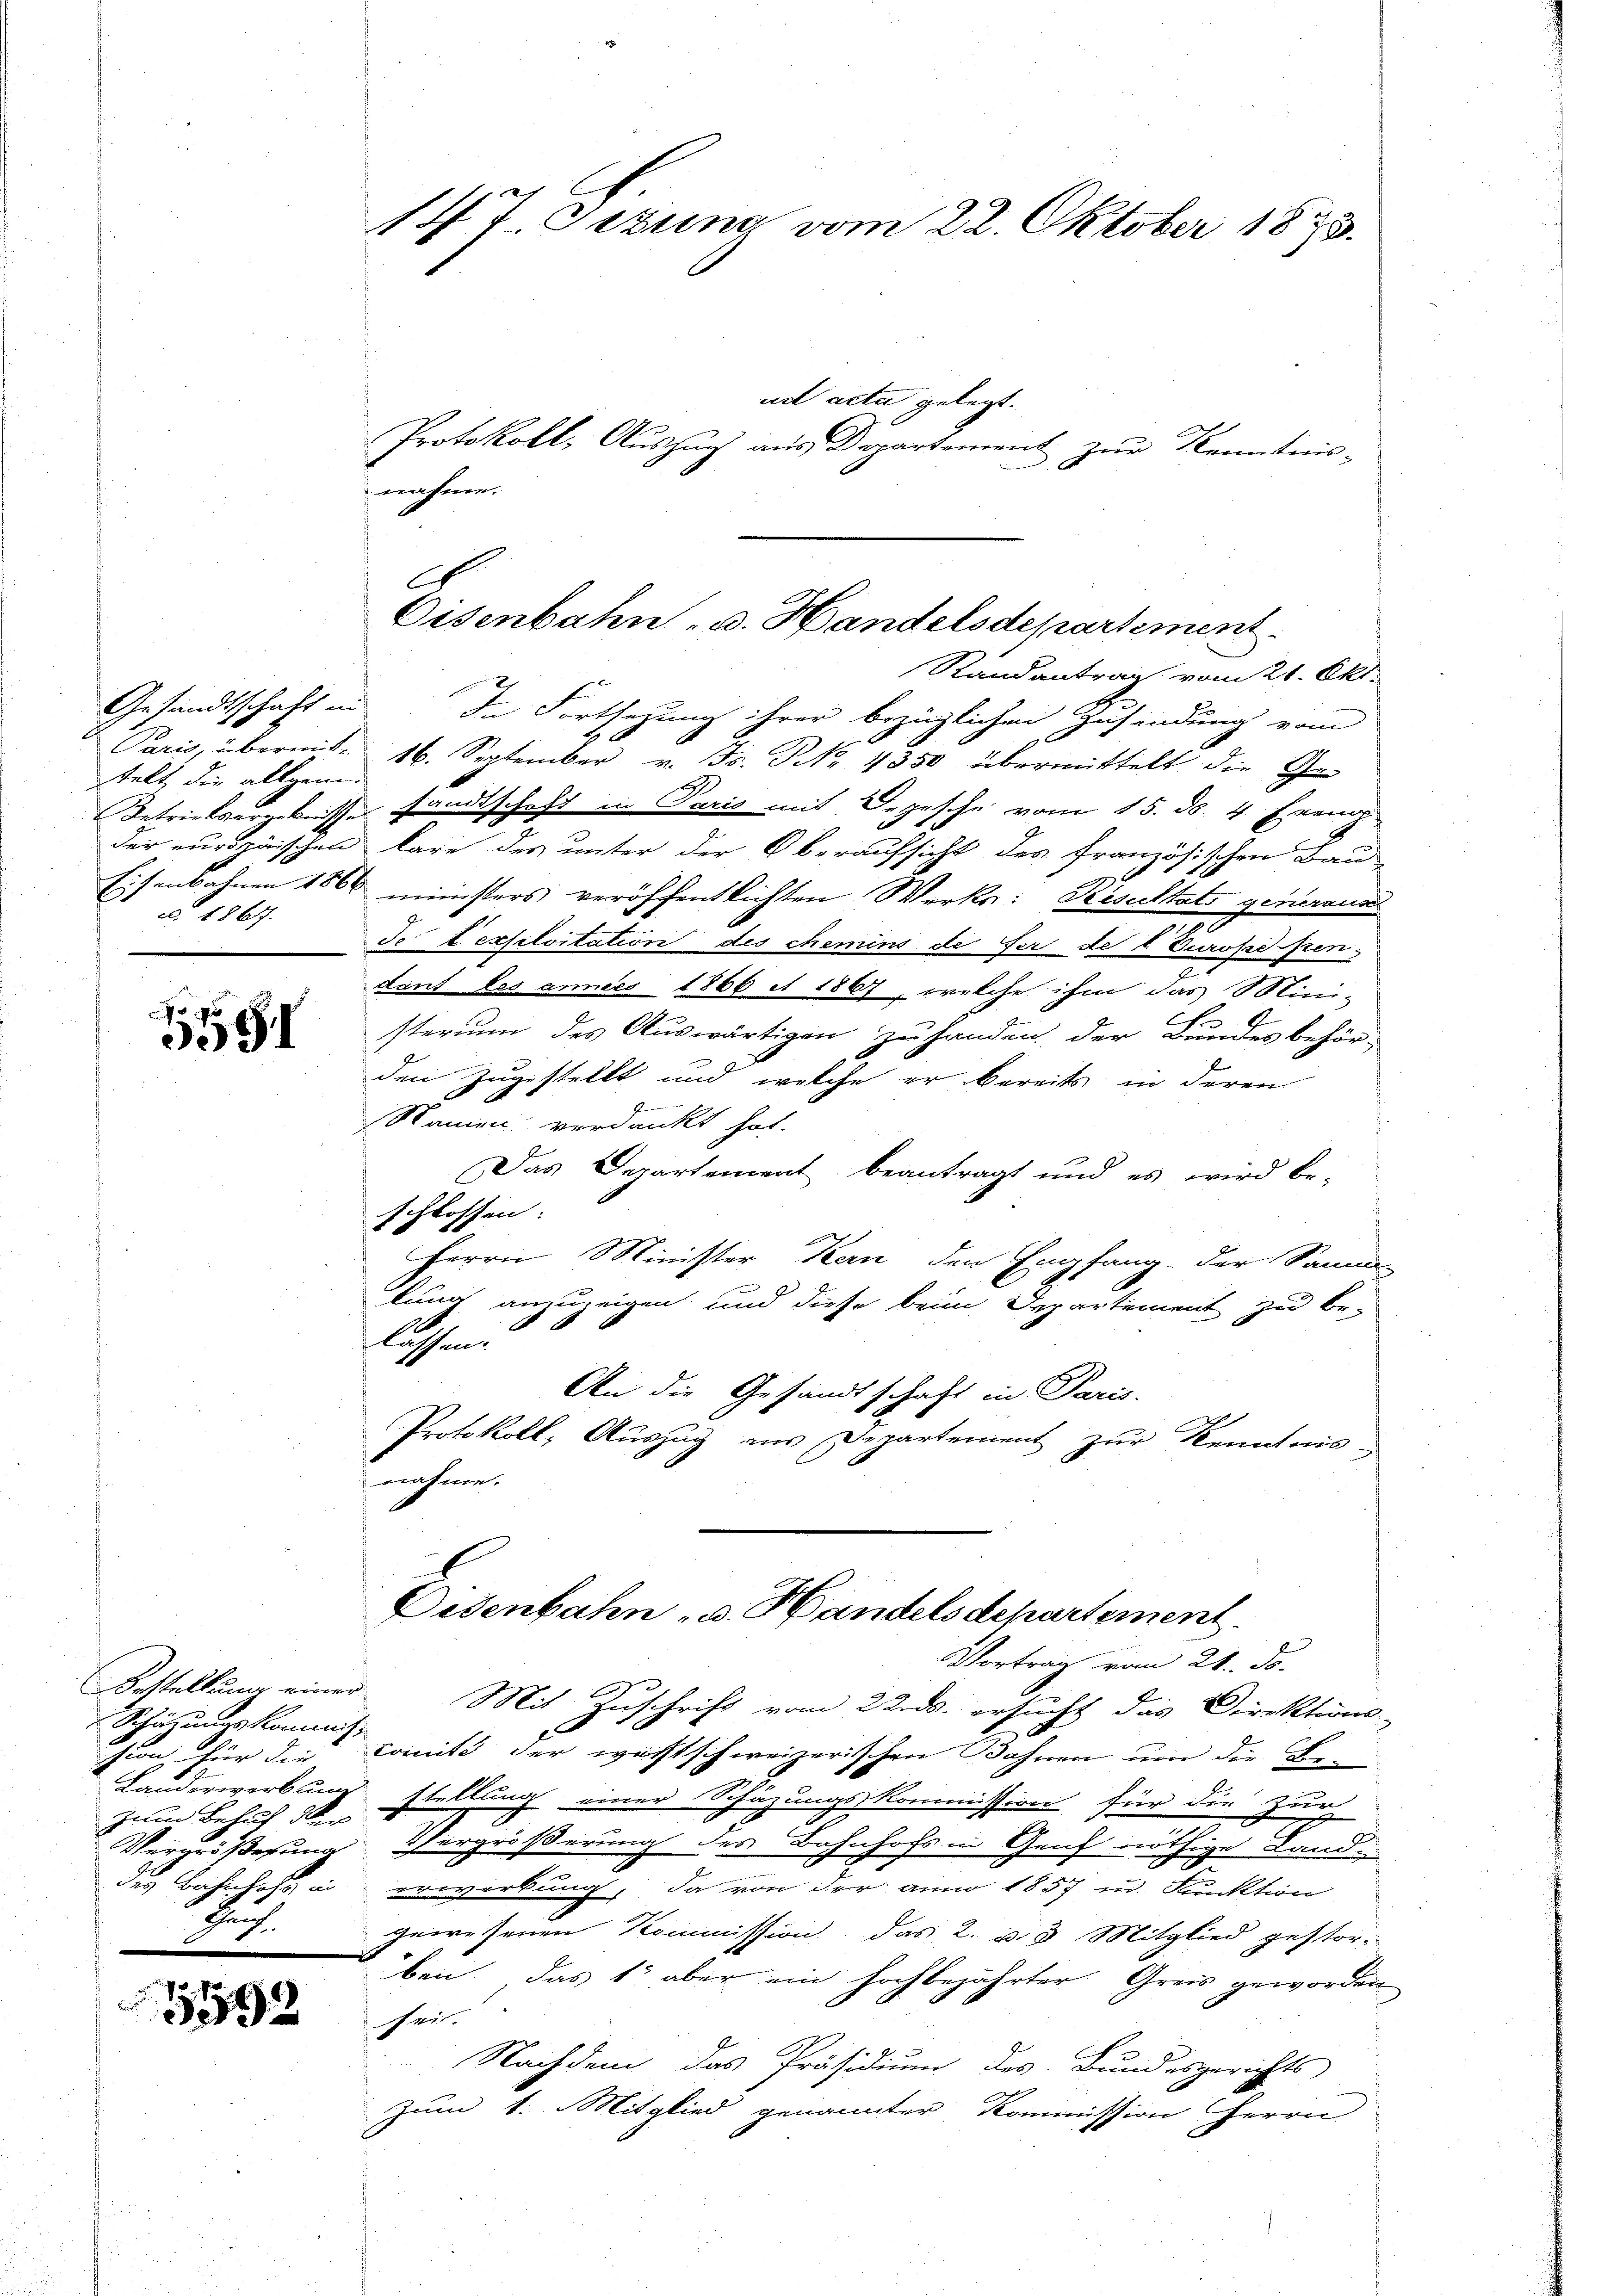
Paris, übermit-
telt, die allgemei
Betriebsergebnisse
c. 1867.

1

Bestellung einer
Schätzungskommiss
hion, für die
zum Behuf der
Vergrößesung
des Bahnhofe in
Hch.

192

14t. Jezung vom 22. Oktober 1873.

ad acta gelegt.
Protokoll, Auszug aus Departement zur Kenntnis-
nahme.
Randantrag vom 21. Okt.
Gesandtschaft in In Fortsezung ihrer bezüglichen Zusendung vom
6
16. September v. Js. N. 4350 übermittelt die Ge-
 sandtschaft in Paris mit Depesche vom 15. ds. 4 Exemp
der europäischen lare des unter der Oberaufsicht des französischen Bau-
Eisenbahnen 1866 ministers veröffentlichten Werks: Resultats generannt
e
do texselvitation des chemins de ser de l Europe pon-
dant les annes 1866 et 1867, welche ihm das Mini-
C
sterium des Auswärtigen zu handen, der Bundesbehör-
den zugestellt und welche er bereits in deren
Namen verdankt hat.
Das Derartement beantragt und es wird be-
schlossen:
Herrn Minister Kern den Empfang der Samm-
fung anzuzeigen und diese beim Departement zu be-
1
lassen.
An die Gesandtschaft in Paris.
Protokoll, Auszug aus Departement zur Kenntnis-
nahme.

Disenbahn u. Handelsdepartement

Eisenbahn v. Handelsdepartement.

VVortrag vom 21. ds.
Mit Zuschrift vom 22. ds. ersucht das Direktions-
E
comite der wachtschweizerischen Bahnen um die Be
2
Landerwerbung stellung einer Schäzungskommission für die Zuch
Vergrößerung des Bahnhofs in Genf nöthige Land
erwerbung, da von der anno 1857 in Funktion
gewesenen Kommission. Das 2. d. 8 Mitglied gestor-
ben, das 15 aber ein hochbejahrter Greis geworden
fei.
Nachdem das Präsidium des Bundesgerichts
Zum 1. Mitglied genannter Kommission Herrn